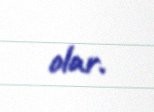
olar.